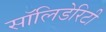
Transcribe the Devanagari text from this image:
सॉलिडेरिटी